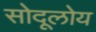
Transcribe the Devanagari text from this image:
सोदूलोय